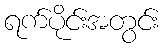
ရက်ပိုင်းအတွင်း